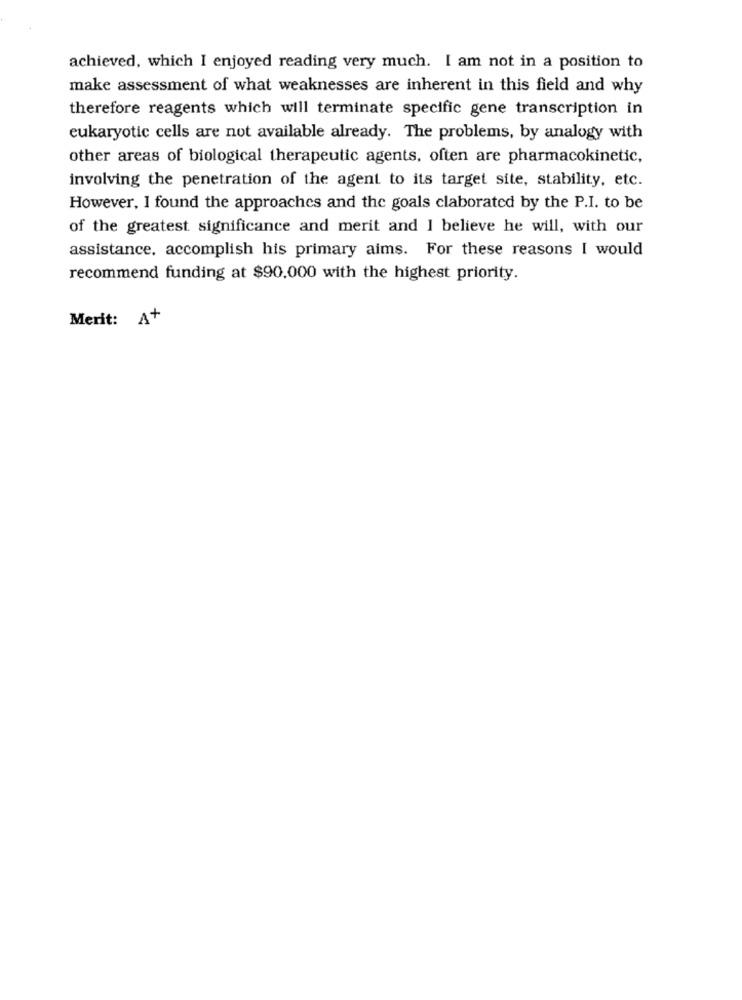
achieved, which I enjoyed reading very much. I am not in a position to
make assessment of what weaknesses are inherent in this field and why
therefore reagents which will terminate specific gene transcription in
eukaryotic cells are not available already. The problems, by analogy with
other areas of biological therapeutic agents, often are pharmacokinetic,
involving the penetration of the agent to its target site, stability, etc.
However, I found the approaches and the goals claborated by the P.I. to be
of the greatest significance and merit and I believe he will, with our
assistance, accomplish his primary aims. For these reasons I would
recommend funding at $90.000 with the highest priority.
Merit: A+